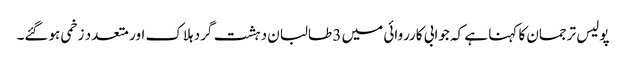
پولیس ترجمان کا کہنا ہے کہ جوابی کارروائی میں 3 طالبان دہشت گرد ہلاک اور متعدد زخمی ہوگئے۔